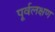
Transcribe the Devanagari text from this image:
पूर्वलक्षण